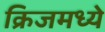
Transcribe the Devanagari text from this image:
क्रिजमध्ये